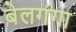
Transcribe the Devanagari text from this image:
बेलगंगा